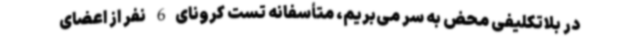
در بلاتکلیفی محض به سر می‌بریم، متأسفانه تست کرونای6 نفر از اعضای